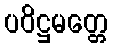
ပဝိဋ္ဌမတ္တေ